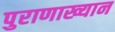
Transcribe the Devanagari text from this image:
पुराणाख्यान